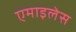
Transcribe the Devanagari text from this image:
एमाइलेस